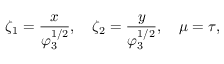
\zeta _ { 1 } = \frac { x } { \varphi _ { 3 } ^ { 1 / 2 } } , ~ ~ ~ \zeta _ { 2 } = \frac { y } { \varphi _ { 3 } ^ { 1 / 2 } } , ~ ~ ~ \mu = \tau ,